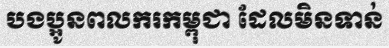
បងប្អូនពលករកម្ពុជា ដែលមិនទាន់